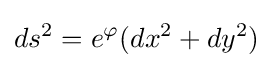
ds^{2}=e^{\varphi }(dx^{2}+dy^{2})